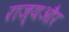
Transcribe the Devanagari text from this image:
राज्यऔर